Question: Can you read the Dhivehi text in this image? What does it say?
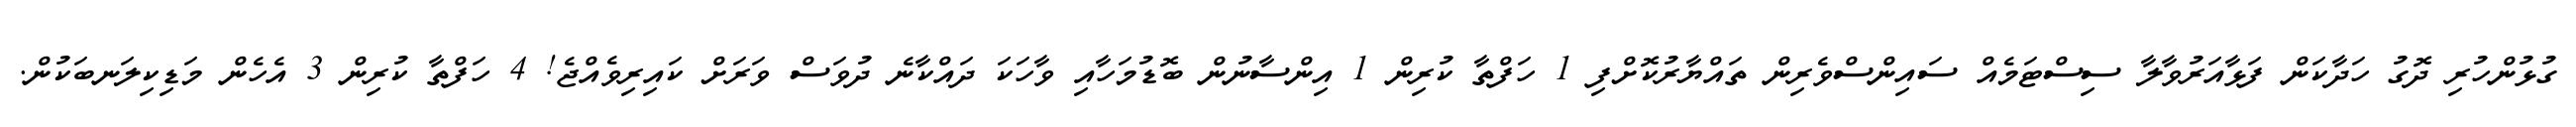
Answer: ގުޅުންހުރި ދޮގު ހަދާކަން ފަޅާއަރުވާލާ ސިސްޓަމެއް ސައިންސްވެރިން ތައްޔާރުކޮށްފި 1 ހަފްތާ ކުރިން 1 އިންސާނުން ބޮޑުމަހާއި ވާހަކަ ދައްކާނެ ދުވަސް ވަރަށް ކައިރިވެއްޖެ! 4 ހަފްތާ ކުރިން 3 އެހެން މަޑިކިލަނބަކުން.